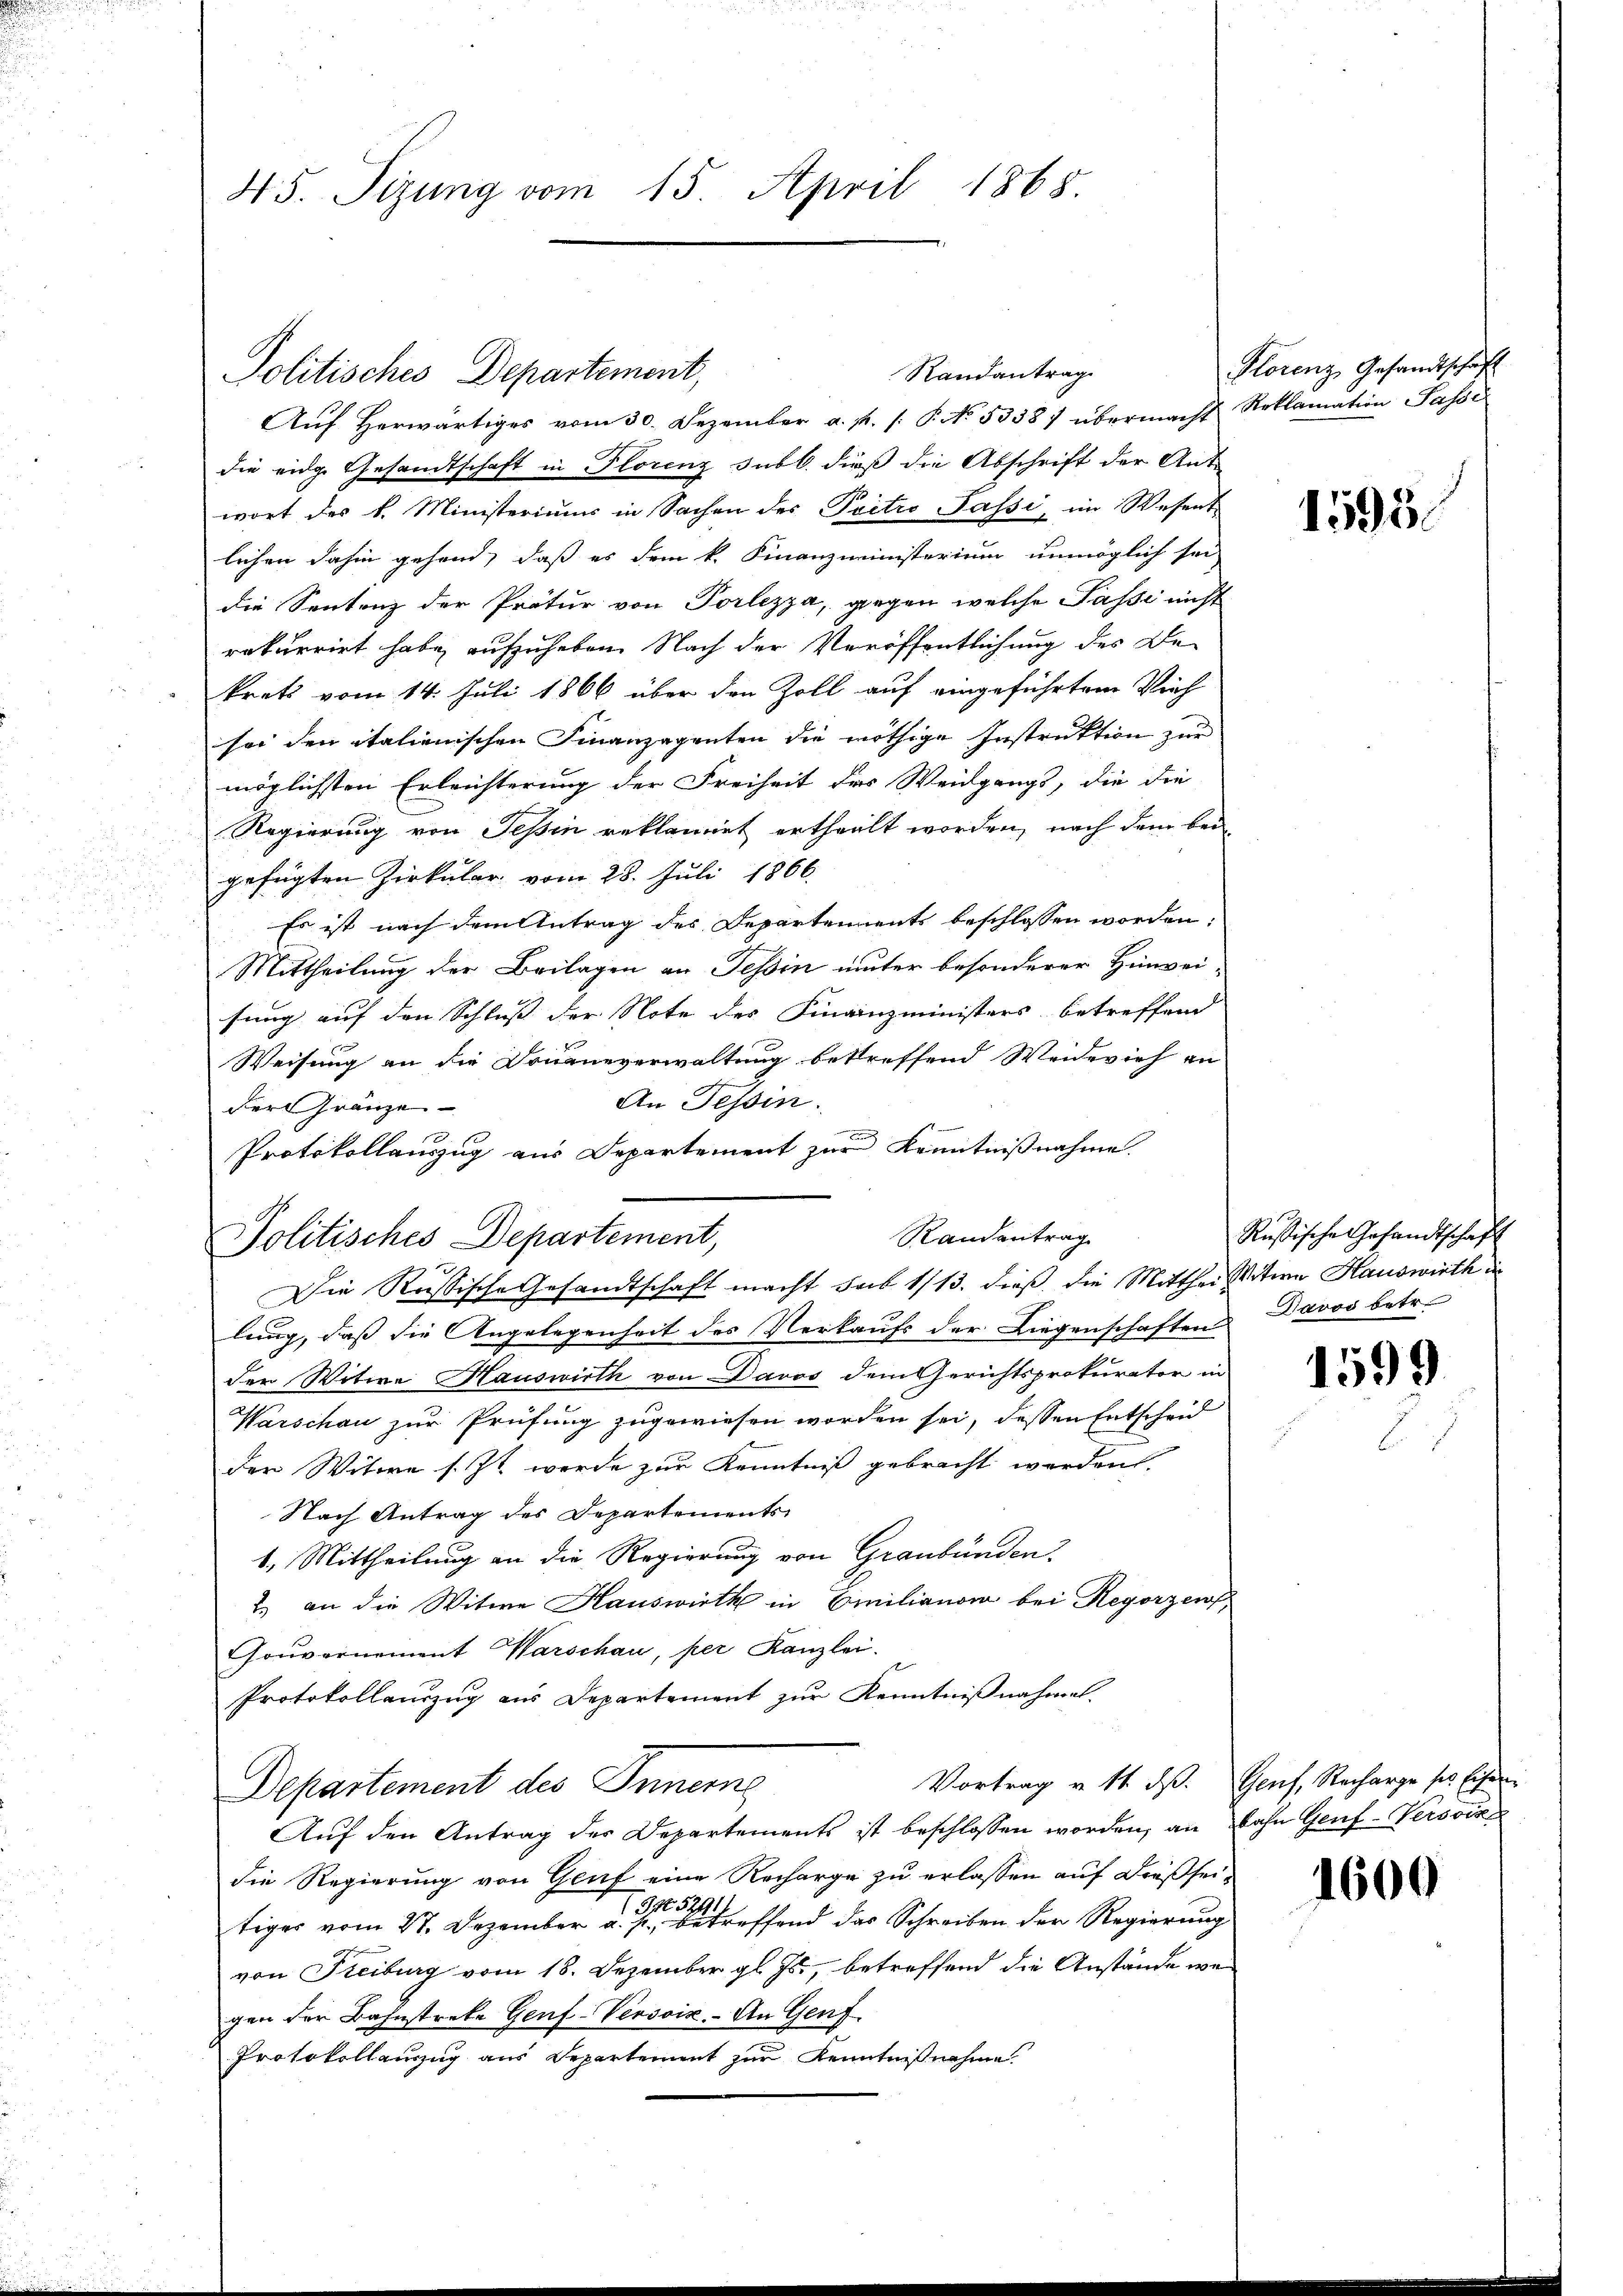
45. Sizung vom 15. April 1868.

Randantrag
Politisches Departement,
Aŭf herwärtiges vom 30. Dezember a. p. /: P. No. 5338) übermacht Reklamation Pässe
die eidge Gesandtschaft in Florenz subl. dieß die Abschrift der Ant-
wort des k. Ministeriums in Sachen des Pritro Passi, im Wesent
lichen dahin gehend, daß es dem k. Finanzministerium unmöglich sei
die Sentenz der Prätur von Porlezza, gegen welche Pässe nicht
rekurrirt habe, aufzuheben. Nach der Veröffentlichung des Dekrets vom 14. Juli 1866 über den Zoll auf eingeführten Vieh
sei den italienischen Finanzagenten die nöthige Instruktion zur
möglichsten Erleichterung der Freiheit des Weidgangs, die die
Regierung von Tessin reklamiet ertheilt worden, nach dem bei
gefügten Zirkular vom 28. Juli 1866.
Es ist nach dem Antrag des Departements beschlossen worden:
Mittheilung der Beilagen an Tessin unter besonderer Hinweisung auf den Schluss der Note des Finanzministers betreffend
Weisung an die Douaneverwaltung betreffend Weidevieh an
An Tessin.
der Franze
Protokollauszug aus Departement zur Kenntnißnahme.
Randentrag
Politisches Departement,
Die Russische Gesandtschaft macht sub 1/13. dieß, die Mittheisition Hauswirth in
lung, daß die Angelegenheit des Verkaufs der Liegenschaften
der Witwe Hauswirth von Davos dem Gerichtsprokurator in
Warschau zur Prüfung zugewiesen worden sei, dessen Entscheid
der Witwe s. Ist werde zur Kenntniß gebracht werden.
Nach Antrag des Departements
1. Mittheilung an die Regierung von Graubünden
1.) an die Witwe Hauswirth in Emilianon bei Regorzens
Gouvernement Warschau, per Kanzlei.
Protokollauszug aus Departement zur Kenntnißnahmel-
Vortrag v. 11. ds. Genf, Recharge ses Eisen
Departement des Innere
Aŭf den Antrag des Departements ist beschlossen worden, an bahn Genf-Versic
die Regierung von Genf eine Recharge zu erlassen auf Dreßsei¬
52911
112
tiges vom 27. Dezember a. p., betreffend das Schreiben der Regierung
von Freiburg vom 18. Dezember gl. Js., betreffend die Anstände wegen der Bahnstreke Genf-Versoix. - An Genf.
Protokollanzug aus Departement zur Kenntnißnahme

Plorenz Gesandtschaft

1595.

Rußische Gesandtschaft
Davos betr.

1599

1600